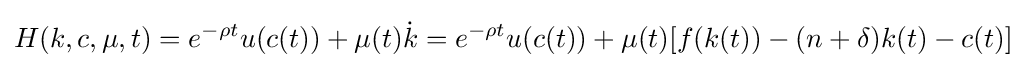
H(k,c,\mu ,t)=e^{-\rho t}u(c(t))+\mu (t){\dot {k}}=e^{-\rho t}u(c(t))+\mu (t)[f(k(t))-(n+\delta )k(t)-c(t)]